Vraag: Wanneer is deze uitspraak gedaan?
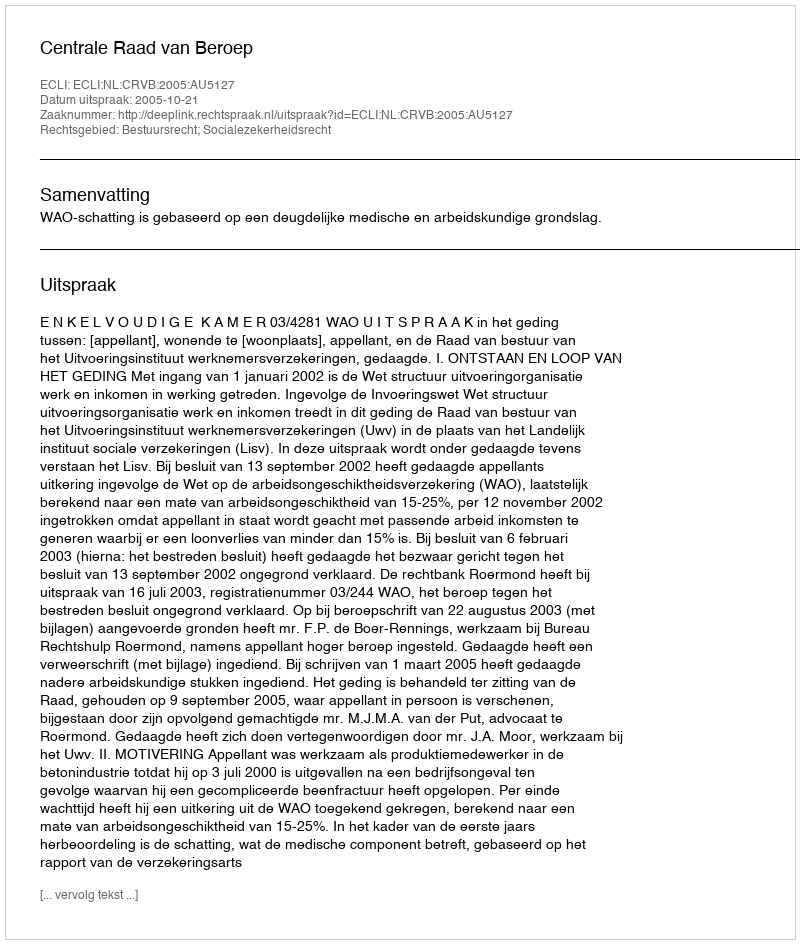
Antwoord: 2005-10-21